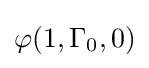
\varphi (1,\Gamma _{0},0)